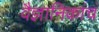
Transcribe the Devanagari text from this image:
वैज्ञानिकांचं